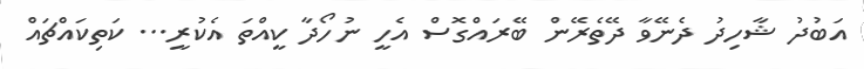
އަބުދު ޝާހިދު ދެނޭވާ ދޭތެރޭން ބޭރައްގޮސް އެހީ ނުހޯދާ ކީއްތަ އެކުރީ... ކަތިކައްޗައް